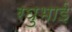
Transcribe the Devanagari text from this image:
रघुभाई